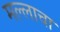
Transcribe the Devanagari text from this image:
मल्लाचा